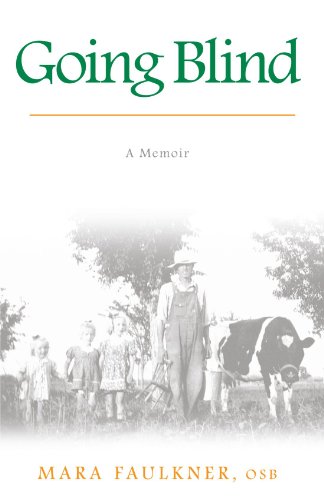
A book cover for Going Blind: A Memoir; OSB Mara Faulkner; Health, Fitness & Dieting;